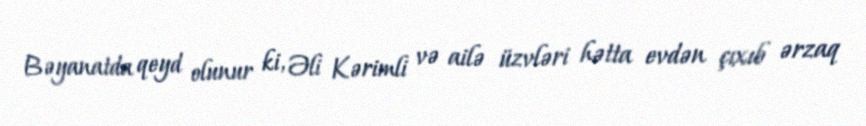
Bəyanatda qeyd olunur ki, Əli Kərimli və ailə üzvləri hətta evdən çıxıb ərzaq